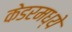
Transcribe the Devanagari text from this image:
केडरमध्ये